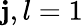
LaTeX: \mathbf{j},l=1